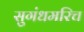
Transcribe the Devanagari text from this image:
सुगंधमरिच